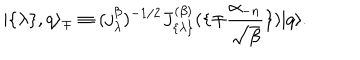
| \{ \lambda \} , q \rangle _ { \mp } \equiv ( j _ { \lambda } ^ { \beta } ) ^ { - 1 / 2 } J _ { \{ \lambda \} } ^ { ( \beta ) } ( \{ \mp { \frac { \alpha _ { - n } } { \sqrt { \beta } } } \} ) | q \rangle .